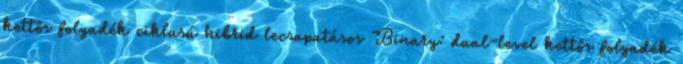
kettős folyadék ciklusú hibrid lecsapatásos Binary: dual-level kettős folyadék